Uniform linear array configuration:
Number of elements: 16
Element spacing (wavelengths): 1
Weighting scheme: hamming
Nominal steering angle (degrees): -15
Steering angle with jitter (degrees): -16.36
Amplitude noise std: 0.05
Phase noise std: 0.05

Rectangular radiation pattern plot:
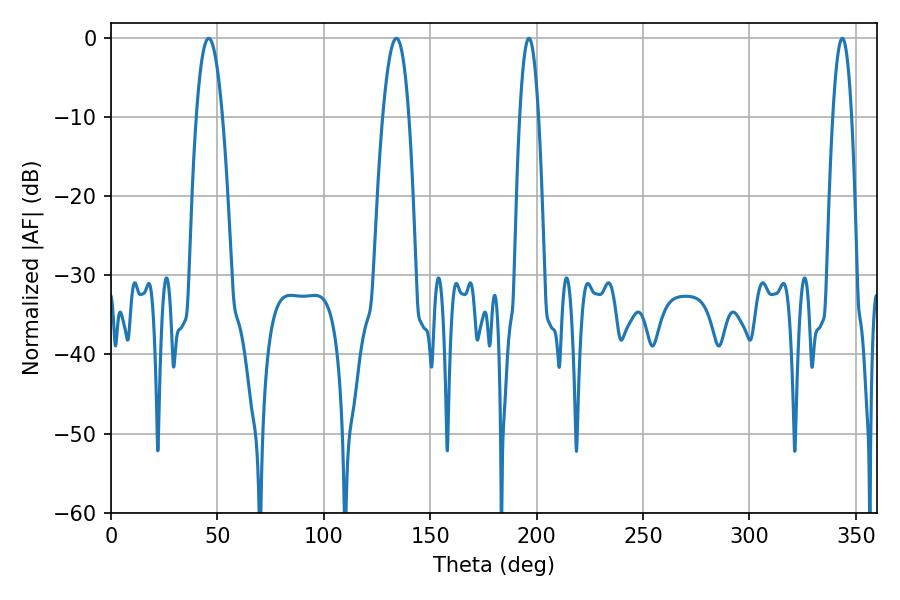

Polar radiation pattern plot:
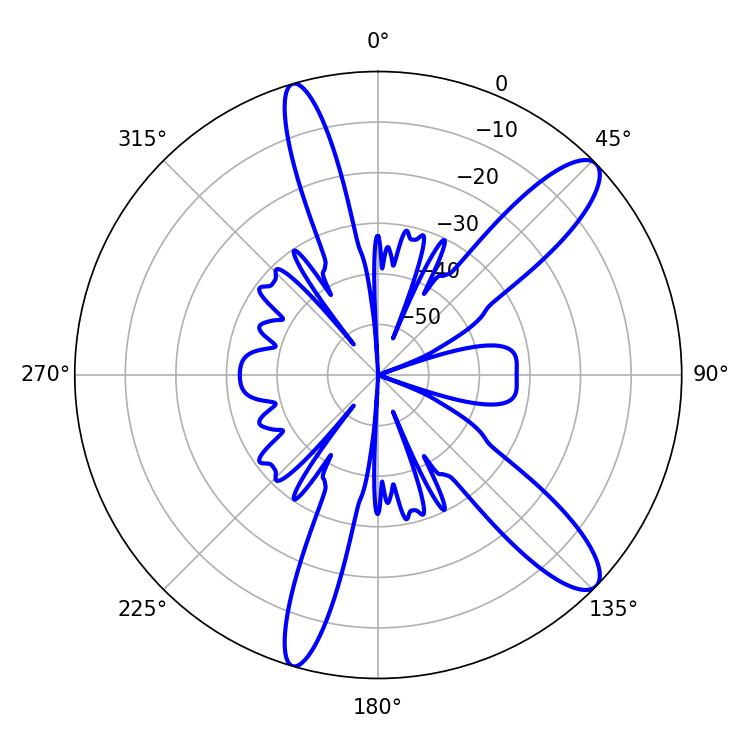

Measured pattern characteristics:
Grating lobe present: TRUE
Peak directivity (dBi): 11.833
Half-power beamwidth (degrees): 6.66
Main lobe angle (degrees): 45.9